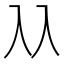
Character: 𠓜